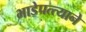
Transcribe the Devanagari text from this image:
भाडेपत्त्याने